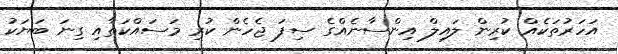
އަހަރުތަކެއް ކުރިން ލައިލް އިންސާނެއްގެ ސިފަ ޖެހެން ކުރި މަސައްކަތާއި ގިނަ ބަޔަކު